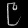
Digit: ၉